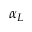
\alpha _ { L }